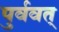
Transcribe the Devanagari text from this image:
पुर्ववत्